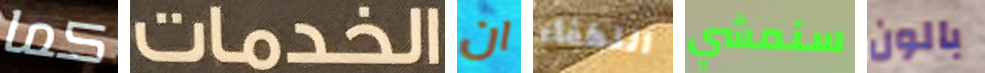
كما الخدمات ان اللطفاء سنمشي بالون